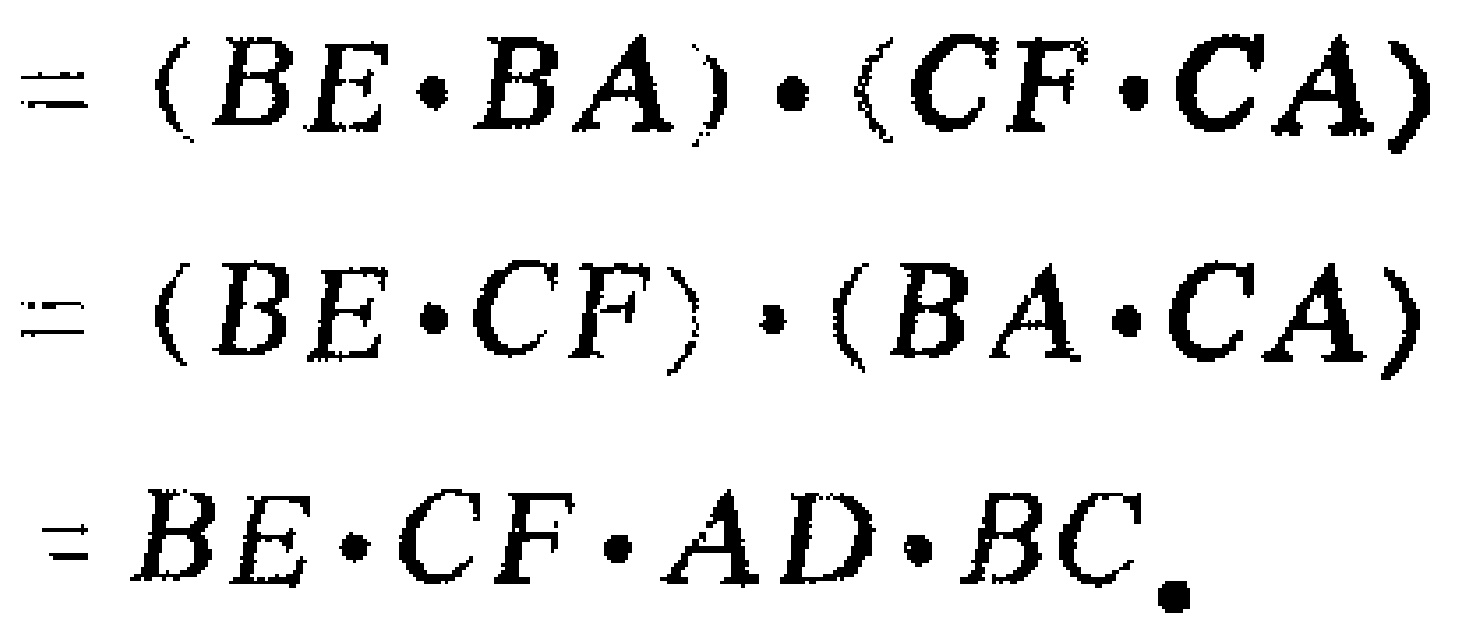
\[
\begin{align*}
&=(BE\cdot BA)\cdot(CF\cdot CA)\\
&=(BE\cdot CF)\cdot(BA\cdot CA)\\
&=BE\cdot CF\cdot AD\cdot BC.
\end{align*}
\]